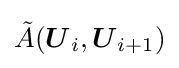
{\tilde {A}}({\boldsymbol {U}}_{i},{\boldsymbol {U}}_{i+1})